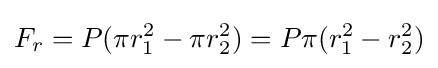
F_{r}=P(\pi r_{1}^{2}-\pi r_{2}^{2})=P\pi (r_{1}^{2}-r_{2}^{2})